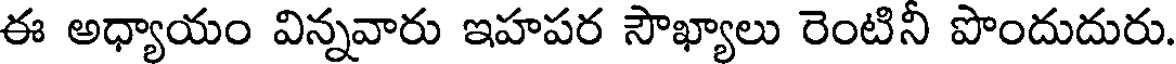
ఈ అధ్యాయం విన్నవారు ఇహపర సౌఖ్యాలు రెంటినీ పొందుదురు.